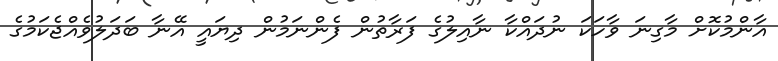
އާންމުކޮށް މާގިނަ ވާހަކަ ނުދައްކާ ނާއިލުގެ ފަރާތުން ފެންނަމުން ދިޔައީ އޭނާ ބަދަލުވެއްޖެކަމުގެ